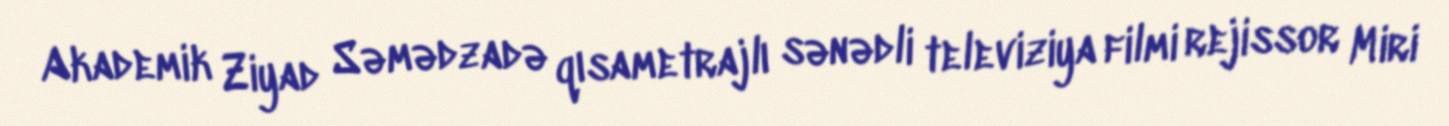
Akademik Ziyad Səmədzadə qısametrajlı sənədli televiziya filmi rejissor Miri